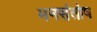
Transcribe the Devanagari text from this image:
मनसंतोष